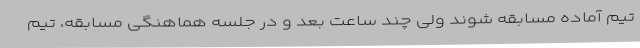
تیم آماده مسابقه شوند ولی چند ساعت بعد و در جلسه هماهنگی مسابقه، تیم